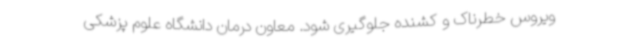
ویروس خطرناک و کشنده جلوگیری شود. معاون درمان دانشگاه علوم پزشکی